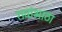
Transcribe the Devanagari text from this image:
रावांभाठा